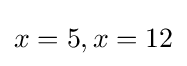
x=5,x=12